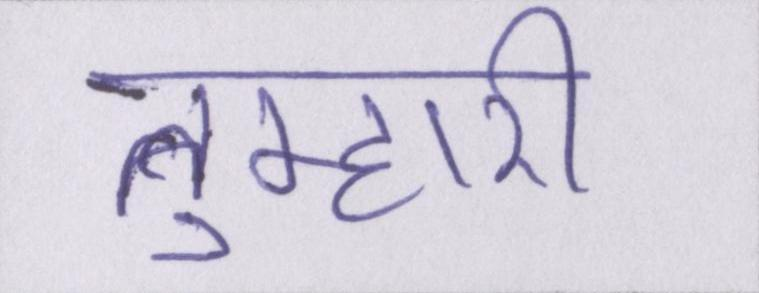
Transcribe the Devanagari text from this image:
तुम्हारी